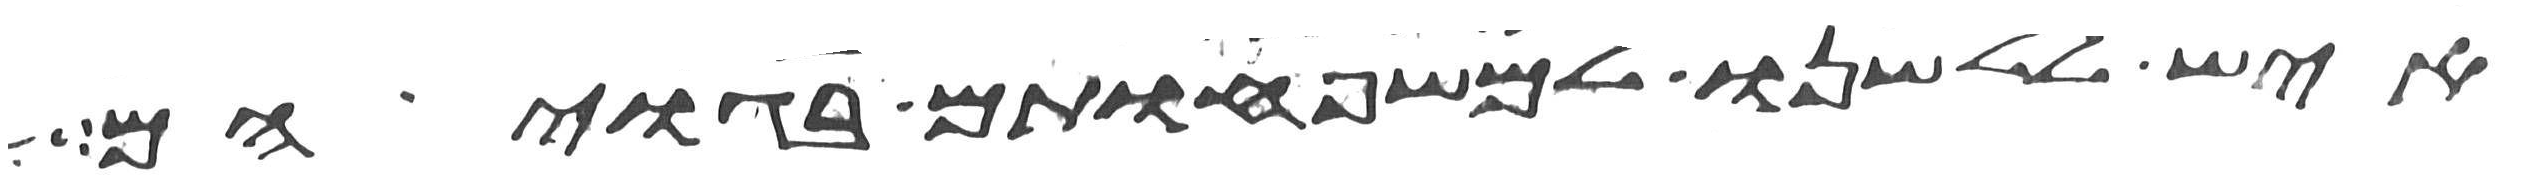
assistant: איש ללשנו למשפחותם בגויהם